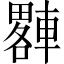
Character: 𨎠